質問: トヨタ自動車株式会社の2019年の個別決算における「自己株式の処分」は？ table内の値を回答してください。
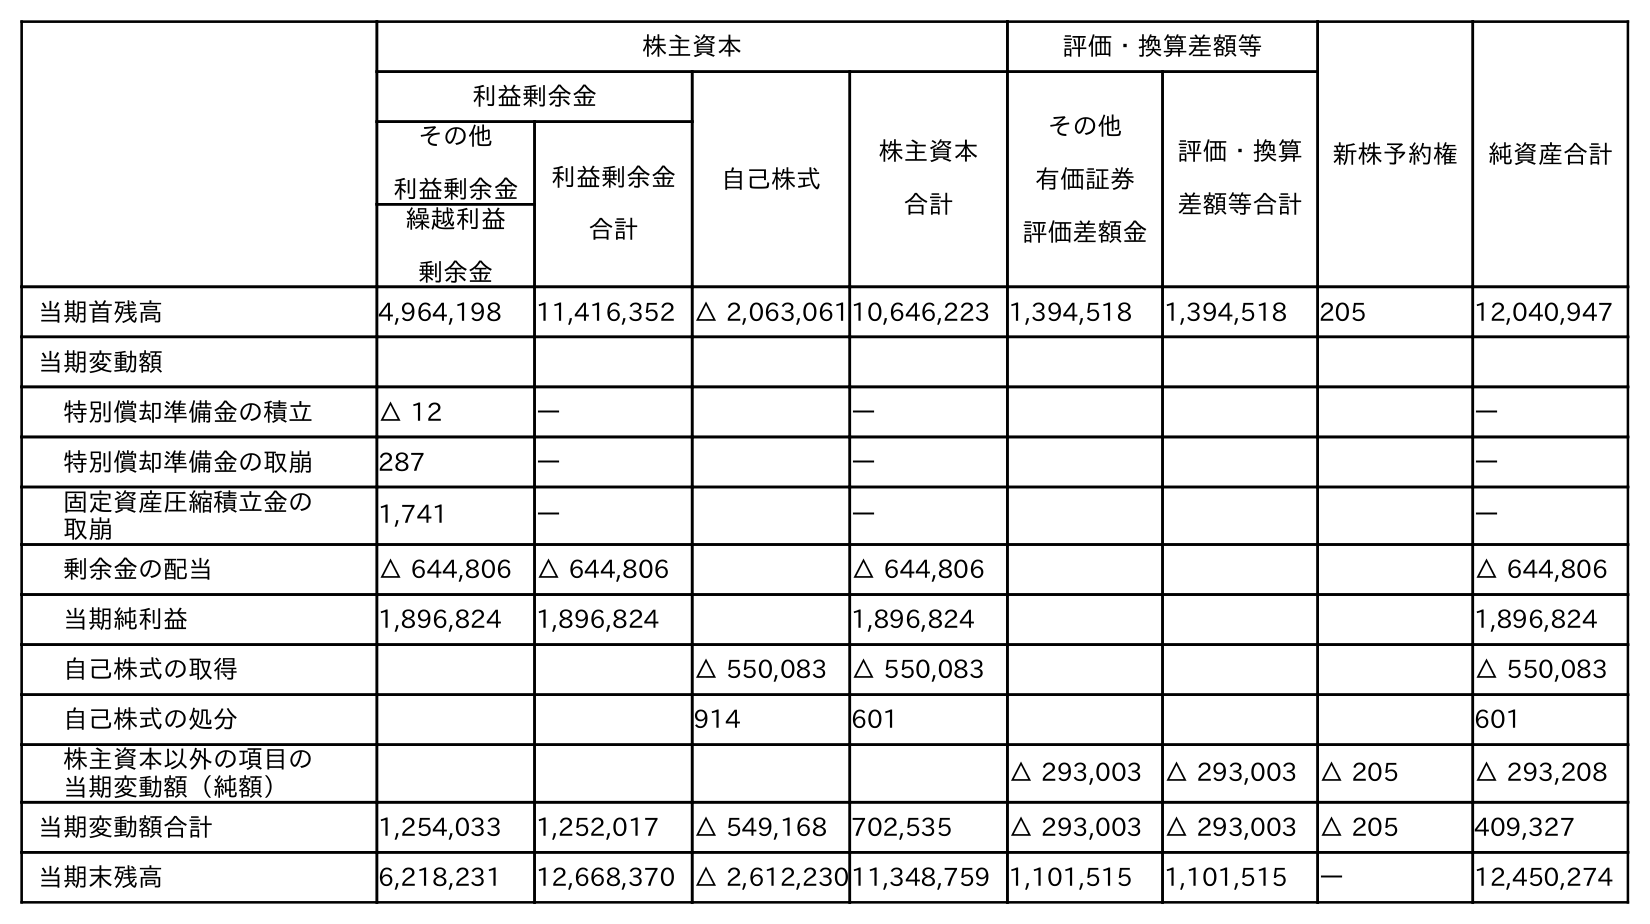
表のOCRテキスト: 株主資本 評価・換算差額等 新株予約権 純資産合計 利益剰余金 自己株式 株主資本 合計 その他 有価証券 評価差額金 評価・換算 差額等合計 その他 利益剰余金 利益剰余金 合計 繰越利益 剰余金 当期首残高 4,964,198 11,416,352 △ 2,063,06110,646,223 1,394,518 1,394,518 205 12,040,947 当期変動額 特別償却準備金の積立 △ 12 ― ― ― 特別償却準備金の取崩 287 ― ― ― 固定資産圧縮積立金の 取崩 1,741 ― ― ― 剰余金の配当 △ 644,806 △ 644,806 △ 644,806 △ 644,806 当期純利益 1,896,824 1,896,824 1,896,824 1,896,824 自己株式の取得 △ 550,083 △ 550,083 △ 550,083 自己株式の処分 914 601 601 株主資本以外の項目の 当期変動額（純額） △ 293,003 △ 293,003 △ 205 △ 293,208 当期変動額合計 1,254,033 1,252,017 △ 549,168 702,535 △ 293,003 △ 293,003 △ 205 409,327 当期末残高 6,218,231 12,668,370 △ 2,612,23011,348,759 1,101,515 1,101,515 ― 12,450,274
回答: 601